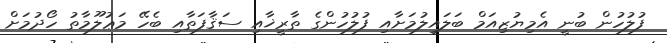
ފުލުހުން ބުނީ އެމިޔުޒިއަމް ބަލައިލުމަށާއި ފުލުހުންގެ ތާރީޚާއި ސަޤާފަތާއި ބެހޭ މަޢުލޫމާތު ހޯދުމަށް